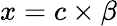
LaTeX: x=c\times\beta